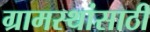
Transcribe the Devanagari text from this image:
ग्रामस्थांसाठी